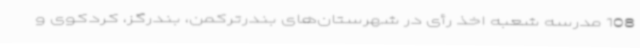
108 مدرسه شعبه اخذ رأی در شهرستان‌های بندرترکمن، بندرگز، کردکوی و